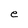
Character: e